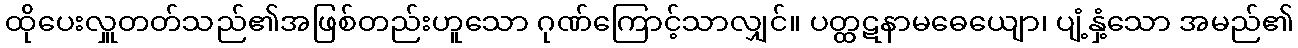
ထိုပေးလှူတတ်သည်၏အဖြစ်တည်းဟူသော ဂုဏ်ကြောင့်သာလျှင်။ ပတ္ထဋနာမဓေယျော၊ ပျံ့နှံ့သော အမည်၏